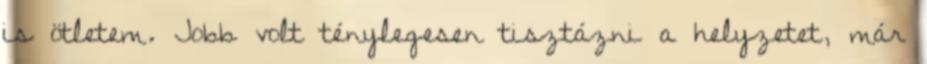
is ötletem. Jobb volt ténylegesen tisztázni a helyzetet, már